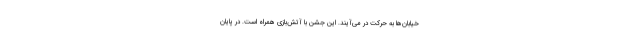
خیابان‌ها به حرکت در می‌آیند. این جشن با آتش‌بازی همراه است. در پایان